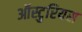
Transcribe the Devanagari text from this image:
ऑस्टुरियस